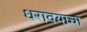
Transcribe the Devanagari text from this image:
धरावयाचा